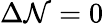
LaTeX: \Delta\mathcal{N}=0